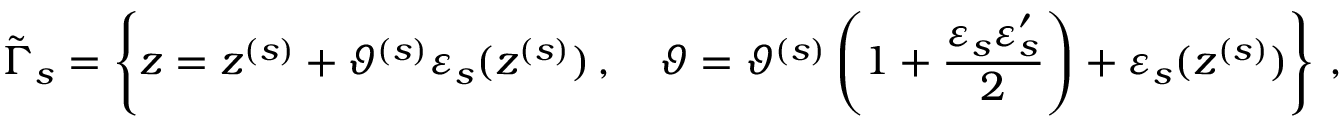
\tilde { \Gamma } _ { s } = \left\{ z = z ^ { ( s ) } + \vartheta ^ { ( s ) } \varepsilon _ { s } ( z ^ { ( s ) } ) \, , \quad \vartheta = \vartheta ^ { ( s ) } \left( 1 + \frac { \varepsilon _ { s } \varepsilon _ { s } ^ { \prime } } 2 \right) + \varepsilon _ { s } ( z ^ { ( s ) } ) \right\} \, ,